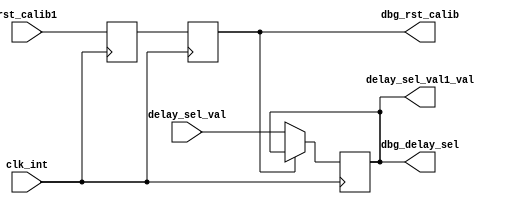
//*****************************************************************************
// DISCLAIMER OF LIABILITY
//
// This file contains proprietary and confidential information of
// Xilinx, Inc. ("Xilinx"), that is distributed under a license
// from Xilinx, and may be used, copied and/or disclosed only
// pursuant to the terms of a valid license agreement with Xilinx.
//
// XILINX IS PROVIDING THIS DESIGN, CODE, OR INFORMATION
// ("MATERIALS") "AS IS" WITHOUT WARRANTY OF ANY KIND, EITHER
// EXPRESSED, IMPLIED, OR STATUTORY, INCLUDING WITHOUT
// LIMITATION, ANY WARRANTY WITH RESPECT TO NONINFRINGEMENT,
// MERCHANTABILITY OR FITNESS FOR ANY PARTICULAR PURPOSE. Xilinx
// does not warrant that functions included in the Materials will
// meet the requirements of Licensee, or that the operation of the
// Materials will be uninterrupted or error-free, or that defects
// in the Materials will be corrected. Furthermore, Xilinx does
// not warrant or make any representations regarding use, or the
// results of the use, of the Materials in terms of correctness,
// accuracy, reliability or otherwise.
//
// Xilinx products are not designed or intended to be fail-safe,
// or for use in any application requiring fail-safe performance,
// such as life-support or safety devices or systems, Class III
// medical devices, nuclear facilities, applications related to
// the deployment of airbags, or any other applications that could
// lead to death, personal injury or severe property or
// environmental damage (individually and collectively, "critical
// applications"). Customer assumes the sole risk and liability
// of any use of Xilinx products in critical applications,
// subject only to applicable laws and regulations governing
// limitations on product liability.
//
// Copyright 2005, 2006, 2007 Xilinx, Inc.
// All rights reserved.
//
// This disclaimer and copyright notice must be retained as part
// of this file at all times.
//*****************************************************************************
//   ____  ____
//  /   /\/   /
// /___/  \  /   Vendor		    : Xilinx
// \   \   \/    Version            : 3.6.1
//  \   \        Application	    : MIG
//  /   /        Filename	    : ddr_infrastructure.v
// /___/   /\    Date Last Modified : $Date: 2010/11/26 18:25:41 $
// \   \  /  \   Date Created	    : Mon May 2 2005
//  \___\/\___\
// Device	: Spartan-3/3A/3A-DSP
// Design Name	: DDR2 SDRAM
// Purpose	:
//*****************************************************************************

`timescale 1ns/100ps
module ddr_infrastructure
  (
   input        clk_int,
   input        rst_calib1,
   input  [4:0] delay_sel_val,
   output [4:0] delay_sel_val1_val,
   // debug_signals
   output [4:0] dbg_delay_sel, 
   output       dbg_rst_calib
   );


   reg [4:0] delay_sel_val1; 
   reg       rst_calib1_r1;
   reg       rst_calib1_r2;

   assign dbg_delay_sel      = delay_sel_val1;
   assign dbg_rst_calib      = rst_calib1_r2;

   assign delay_sel_val1_val = delay_sel_val1;

   always@(negedge clk_int) 
     rst_calib1_r1    <= rst_calib1;

   always@(posedge clk_int) 
     rst_calib1_r2    <= rst_calib1_r1;
   
   always@(posedge clk_int) begin
      if( rst_calib1_r2 == 1'b0 )
	delay_sel_val1    <= delay_sel_val;
      else
	delay_sel_val1      <= delay_sel_val1;
   end

endmodule